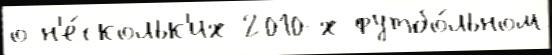
о н'е́скольк'их 2010-х футбо́льном